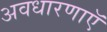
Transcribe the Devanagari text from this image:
अवधारणाएॅ